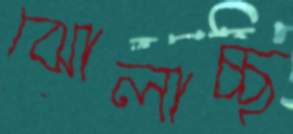
ঝোলাচ্ছ